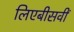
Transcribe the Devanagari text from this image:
लिएबीसवीं